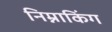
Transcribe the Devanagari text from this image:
निम्नाकिंग